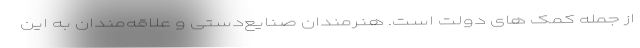
از جمله کمک های دولت است. هنرمندان صنایع‌دستی و علاقه‌مندان به این